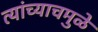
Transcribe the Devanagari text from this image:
त्यांच्याचमुळे